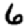
Digit: 6